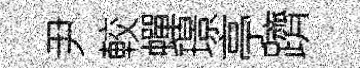
尹較蟬璟亭躋